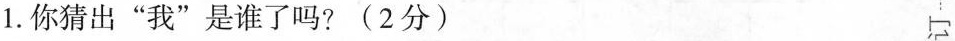
1.你猜出”我”是谁了吗？(2分) 订